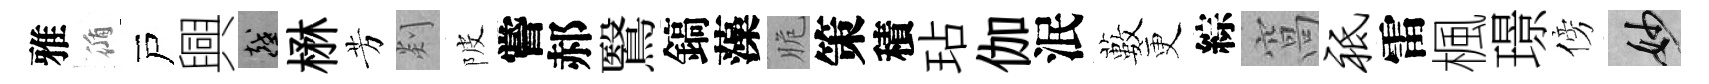
雅循戸興越楙芳剡陂嘗郝鷖鎬藻脆策積玷伽泯藪更綜窩祗雷楓璟傍妙